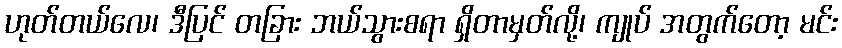
ဟုတ်တယ်လေ၊ ဒီပြင် တခြား ဘယ်သွားစရာ ရှိတာမှတ်လို့၊ ကျုပ် အတွက်တော့ မင်း